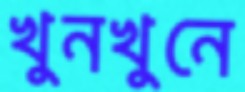
খুনখুনে